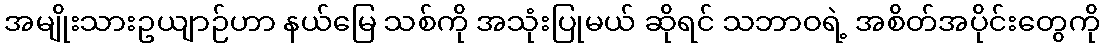
အမျိုးသားဥယျာဉ်ဟာ နယ်မြေ သစ်ကို အသုံးပြုမယ် ဆိုရင် သဘာဝရဲ့ အစိတ်အပိုင်းတွေကို